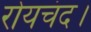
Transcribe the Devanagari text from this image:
रोयचंद।